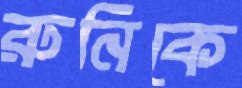
রুনিকে